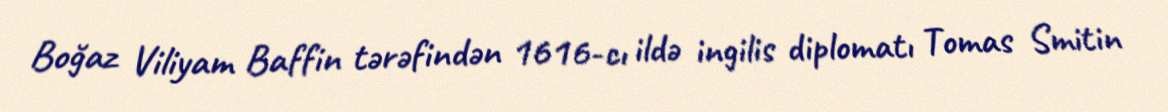
Boğaz Viliyam Baffin tərəfindən 1616-cı ildə ingilis diplomatı Tomas Smitin